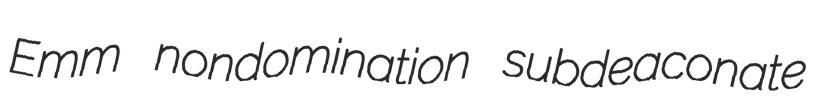
Emm nondomination subdeaconate